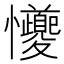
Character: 𪭆